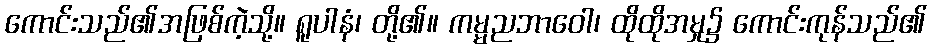
ကောင်းသည်၏အဖြစ်ကဲ့သို့။ ရူပါနံ၊ တို့၏။ ကမ္မညဘာဝေါ၊ ထိုထိုအမှု၌ ကောင်းကုန်သည်၏